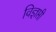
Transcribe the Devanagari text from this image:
विज्ञप्ती